Indian journal of veterinary science and animal husbandry - Volume 4,
Year: 1934
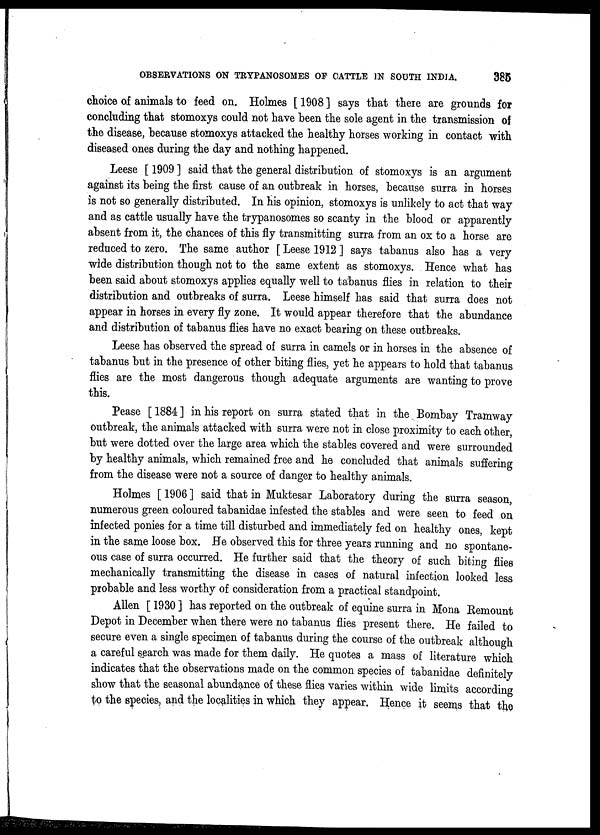
OBSERVATIONS ON TRYPANOSOMES OF CATTLE IN SOUTH INDIA.
385
choice of animals to feed on. Holmes [ 1908 ] says that there are grounds for
concluding that stomoxys could not have been the sole agent in the transmission of
the disease, because stomoxys attacked the healthy horses working in contact with
diseased ones during the day and nothing happened.
Leese [ 1909 ] said that the general distribution of Stomoxys is an argument
against its being the first cause of an outbreak in horses, because surra in horses
is not so generally distributed. In his opinion, stomoxys is unlikely to act that way
and as cattle usually have the trypanosomes so scanty in the blood or apparently
absent from it, the chances of this fly transmitting surra from an ox to a horse are
reduced to zero. The same author [ Leese 1912 ] says tabanus also has a very
wide distribution though not to the same extent as stomoxys. Hence what has
been said about stomoxys applies equally well to tabanus flies in relation to their
distribution and outbreaks of surra. Leese himself has said that surra does not
appear in horses in every fly zone. It would appear therefore that the abundance
and distribution of tabanus flies have no exact bearing on these outbreaks.
Leese has observed the spread of surra in camels or in horses in the absence of
tabanus but in the presence of other biting flies, yet he appears to hold that tabanus
flies are the most dangerous though adequate arguments are wanting to prove
this.
Pease [ 1884 ] in his report on surra stated that in the Bombay Tramway
outbreak, the animals attacked with surra were not in close proximity to each other,
but were dotted over the large area which the stables covered and were surrounded
by healthy animals, which remained free and he concluded that animals suffering
from the disease were not a source of danger to healthy animals.
Holmes [ 1906 ] said that in Muktesar Laboratory during the surra season,
numerous green coloured tabanidae infested the stables and were seen to feed on
infected ponies for a time till disturbed and immediately fed on healthy ones, kept
in the same loose box. He observed this for three years running and no spontane-
ous case of surra occurred. He further said that the theory of such biting flies
mechanically transmitting the disease in cases of natural infection looked less
probable and less worthy of consideration from a practical standpoint.
Allen [ 1930 ] has reported on the outbreak of equine surra in Mona Remount
Depot in December when there were no tabanus flies present there. He failed to
secure even a single specimen of tabanus during the course of the outbreak although
a careful search was made for them daily. He quotes a mass of literature which
indicates that the observations made on the common species of tabanidae definitely
show that the seasonal abundance of these flies varies within wide limits according
to the species, and the localities in which they appear. Hence it seems that the